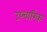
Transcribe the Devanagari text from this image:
उप्चारिक